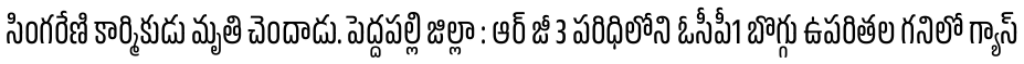
సింగరేణి కార్మికుడు మృతి చెందాడు. పెద్దపల్లి జిల్లా : ఆర్ జీ 3 పరిధిలోని ఓసీపీ1 బొగ్గు ఉపరితల గనిలో గ్యాస్